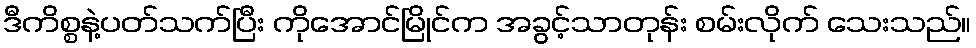
ဒီကိစ္စနဲ့ပတ်သက်ပြီး ကိုအောင်မြိုင်က အခွင့်သာတုန်း စမ်းလိုက် သေးသည်။